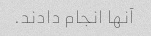
آنها انجام دادند.